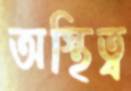
অস্থিত্ব